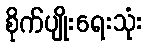
စိုက်ပျိုးရေးသုံး